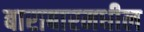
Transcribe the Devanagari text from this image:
बाराबारमधील